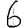
Digit: 6